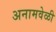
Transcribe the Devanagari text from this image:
अनामवेळी